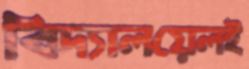
বিদ্যালয়েলই